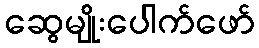
ဆွေမျိုးပေါက်ဖော်